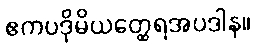
ဧကပဒိုမိယတ္ထေရအပဒါန။